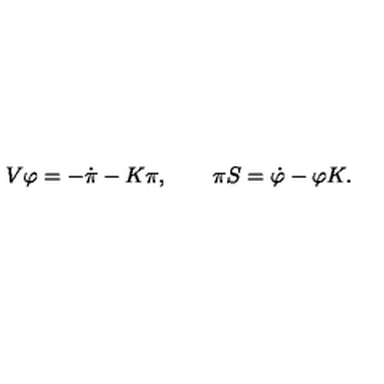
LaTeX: V \varphi = - \dot { \pi } - K \pi , \qquad \pi S = \dot { \varphi } - \varphi K .